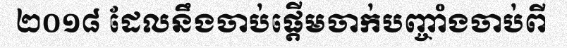
២០១៨ ដែលនឹងចាប់ផ្តើមចាក់បញ្ចាំងចាប់ពី